Indian journal of veterinary science and animal husbandry - Volume 8,
Year: 1938
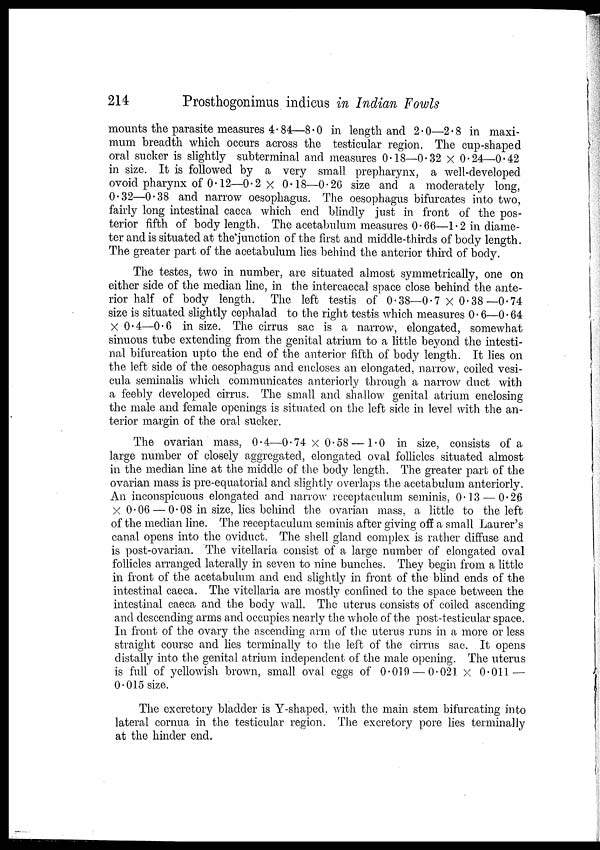
214
Prosthogonimus indicus in Indian Fowls
mounts the parasite measures 4.84—8.0 in length and 2.0—2.8 in maxi-
mum breadth which occurs across the testicular region. The cup-shaped
oral sucker is slightly subterminal and measures 0.18—0.32 × 0.24—0.42
in size. It is followed by a very small prepharynx, a well-developed
ovoid pharynx of 0.12—0.2 × 0.18—0.26 size and a moderately long,
0.32—0.38 and narrow oesophagus. The oesophagus bifurcates into two,
fairly long intestinal caeca which end blindly just in front of the pos-
terior fifth of body length. The acetabulum measures 0.66—1.2 in diame-
ter and is situated at the junction of the first and middle-thirds of body length.
The greater part of the acetabulum lies behind the anterior third of body.
The testes, two in number, are situated almost symmetrically, one on
either side of the median line, in the intercaecal space close behind the ante-
rior half of body length. The left testis of 0.38—0.7 × 0.38—0.74
size is situated slightly cephalad to the right testis which measures 0.6—0.64
× 0.4—0.6 in size. The cirrus sac is a narrow, elongated, somewhat
sinuous tube extending from the genital atrium to a little beyond the intesti-
nal bifurcation upto the end of the anterior fifth of body length. It lies on
the left side of the oesophagus and encloses an elongated, narrow, coiled vesi-
cula seminalis which communicates anteriorly through a narrow duct with
a feebly developed cirrus. The small and shallow genital atrium enclosing
the male and female openings is situated on the left side in level with the an-
terior margin of the oral sucker.
The ovarian mass, 0.4—0.74 × 0.58 —1.0 in size, consists of a
large number of closely aggregated, elongated oval follicles situated almost
in the median line at the middle of the body length. The greater part of the
ovarian mass is pre-equatorial and slightly overlaps the acetabulum anteriorly.
An inconspicuous elongated and narrow receptaculum seminis, 0.13 — 0.26
× 0.06 — 0.08 in size, lies behind the ovarian mass, a little to the left
of the median line. The receptaculum seminis after giving off a small Laurer's
canal opens into the oviduct. The shell gland complex is rather diffuse and
is post-ovarian. The vitellaria consist of a large number of elongated oval
follicles arranged laterally in seven to nine bunches. They begin from a little
in front of the acetabulum and end slightly in front of the blind ends of the
intestinal caeca. The vitellaria are mostly confined to the space between the
intestinal caeca and the body wall. The uterus consists of coiled ascending
and descending arms and occupies nearly the whole of the post-testicular space.
In front of the ovary the ascending arm of the uterus runs in a more or less
straight course and lies terminally to the left of the cirrus sac. It opens
distally into the genital atrium independent of the male opening. The uterus
is full of yellowish brown, small oval eggs of 0.019 — 0.021 × 0.011 —
0.015 size.
The excretory bladder is Y shaped, with the main stem bifurcating into
lateral cornua in the testicular region. The excretory pore lies terminally
at the hinder end.